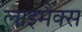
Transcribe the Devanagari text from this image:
लाइमैक्स